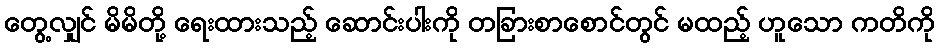
တွေ့လျှင် မိမိတို့ ရေးထားသည့် ဆောင်းပါးကို တခြားစာစောင်တွင် မထည့် ဟူသော ကတိကို